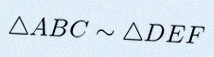
\triangle ABC\sim\triangle DEF